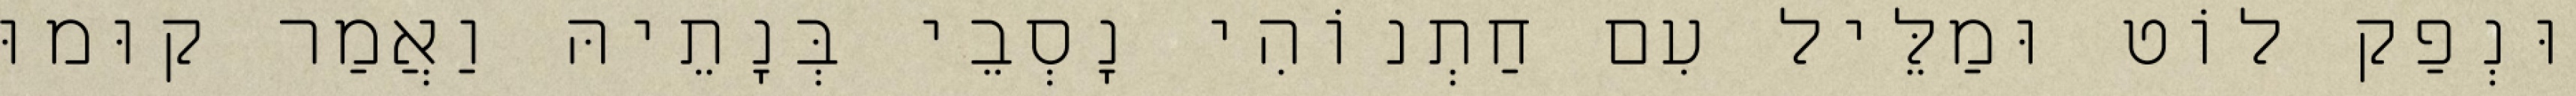
וּנְפַק לוֹט וּמַלֵּיל עִם חַתְנוֹהִי נָסְבֵי בְּנָתֵיהּ וַאֲמַר קוּמוּ